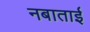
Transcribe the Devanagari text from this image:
नबाताई